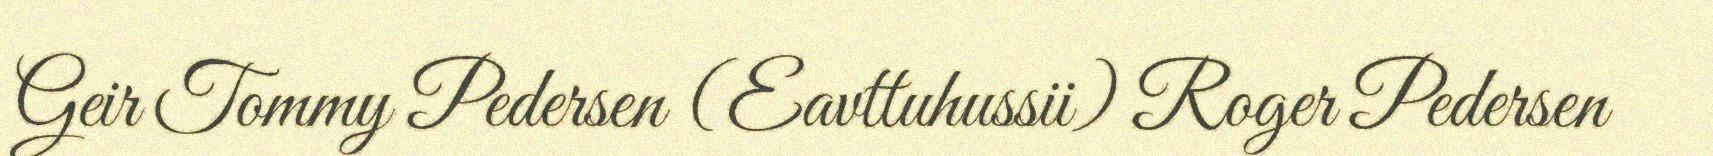
Geir Tommy Pedersen (Eavttuhussii) Roger Pedersen